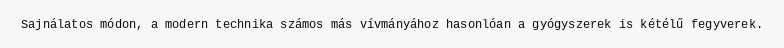
Sajnálatos módon, a modern technika számos más vívmányához hasonlóan a gyógyszerek is kétélű fegyverek.